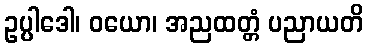
ဥပ္ပါဒေါ၊ ဝယော၊ အညထတ္တံ ပညာယတိ